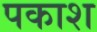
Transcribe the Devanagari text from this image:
पकाश